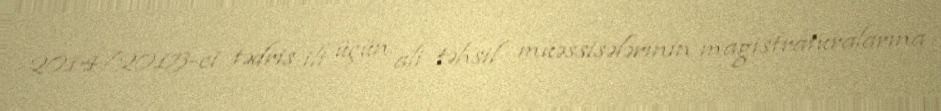
2014/2015-ci tədris ili üçün ali təhsil müəssisələrinin magistraturalarına